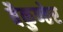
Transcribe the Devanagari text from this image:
बैकुण्ठेर